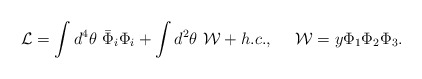
\begin{align*} {\cal L}=\int d^4\theta \ \bar\Phi_i \Phi_i + \int d^2\theta \ {\cal W} +h.c., \ \ \ \ {\cal W}=y \Phi_1\Phi_2\Phi_3.\end{align*}